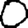
Digit: 0